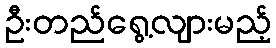
ဦးတည်ရွေ့လျားမည့်